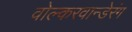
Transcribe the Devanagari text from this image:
वोल्करवान्डेरंग